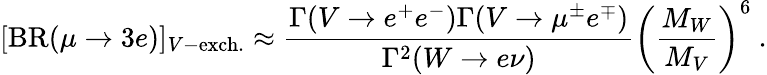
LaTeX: [\mathrm{BR}(\mu\to 3e)]_{V-\mathrm{exch.}}\approx\frac{\Gamma(V\to e^{+}e^{-})\Gamma(V\to\mu^{\pm}e^{\mp})}{\Gamma^{2}(W\to e\nu)}\left(\frac{M_{W}}{M_{V}}\right)^{6}~.